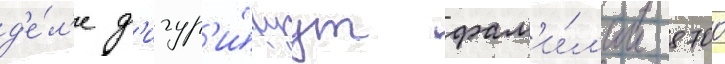
д'е́л'е ф'игур'и́руут фам'и́л'ии 8700